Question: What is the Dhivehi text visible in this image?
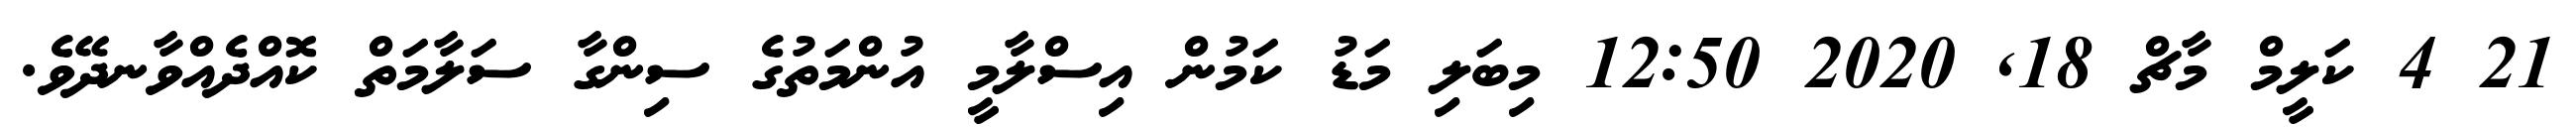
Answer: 21 4 ކަލީމް މާޗް 18, 2020 12:50 މިބަލި މަޑު ކަމުން އިސްލާމީ އުންމަތުގެ ސިންގާ ސަލާމަތް ކޮއްދެއްވާނދޭވެ.